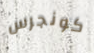
كونجرس